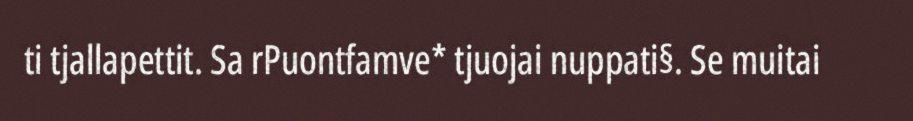
ti tjallapettit. Sa rPuontfamve* tjuojai nuppati§. Se muitai